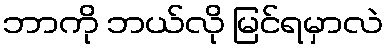
ဘာကို ဘယ်လို မြင်ရမှာလဲ